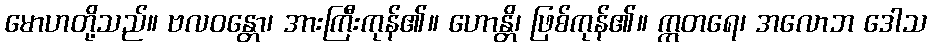
မောဟတို့သည်။ ဗလဝန္တော၊ အားကြီးကုန်၏။ ဟောန္တိ၊ ဖြစ်ကုန်၏။ ဣတရေ၊ အလောဘ ဒေါသ